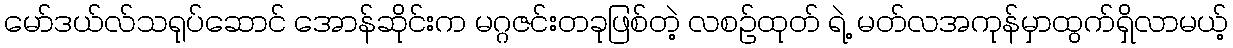
မော်ဒယ်လ်သရုပ်ဆောင် အောန်ဆိုင်းက မဂ္ဂဇင်းတခုဖြစ်တဲ့ လစဉ်ထုတ် ရဲ့ မတ်လအကုန်မှာထွက်ရှိလာမယ့်